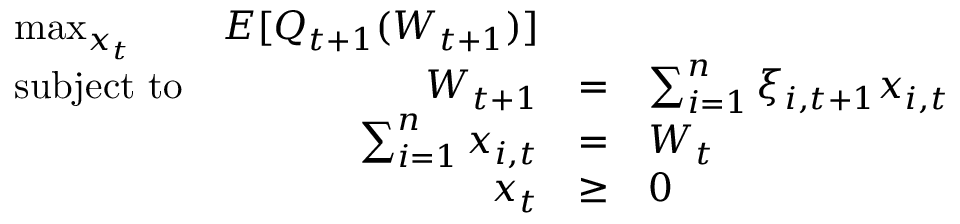
{ \begin{array} { l r c l r } { \operatorname* { m a x } _ { x _ { t } } } & { E [ Q _ { t + 1 } ( W _ { t + 1 } ) ] } & \\ { { \mathrm { s u b j e c t ~ t o } } } & { W _ { t + 1 } } & { = } & { \sum _ { i = 1 } ^ { n } \xi _ { i , t + 1 } x _ { i , t } } \\ & { \sum _ { i = 1 } ^ { n } x _ { i , t } } & { = } & { W _ { t } } \\ & { x _ { t } } & { \geq } & { 0 } \end{array} }